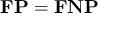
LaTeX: \mathbf { F P } = \mathbf { F N P }